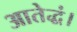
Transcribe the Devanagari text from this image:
आतेद्धं।